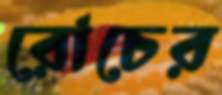
রোচের